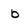
Character: b